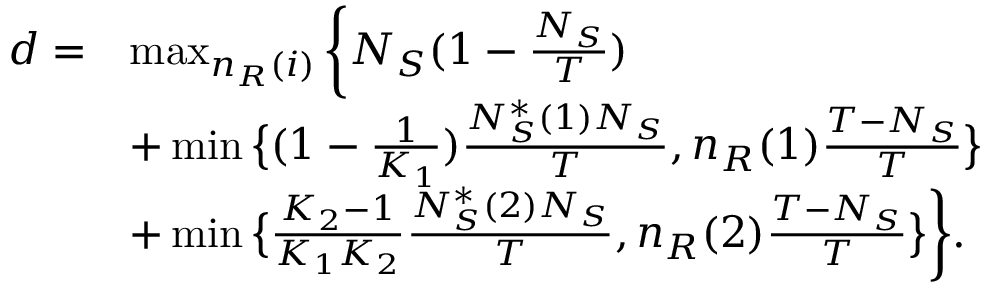
\begin{array} { r l } { d = } & { \operatorname* { m a x } _ { n _ { R } ( i ) } \bigg \{ N _ { S } ( 1 - \frac { N _ { S } } { T } ) } \\ & { + \operatorname* { m i n } \big \{ ( 1 - \frac { 1 } { K _ { 1 } } ) \frac { N _ { S } ^ { \ast } ( 1 ) N _ { S } } { T } , n _ { R } ( 1 ) \frac { T - N _ { S } } { T } \big \} } \\ & { + \operatorname* { m i n } \big \{ \frac { K _ { 2 } - 1 } { K _ { 1 } K _ { 2 } } \frac { N _ { S } ^ { \ast } ( 2 ) N _ { S } } { T } , n _ { R } ( 2 ) \frac { T - N _ { S } } { T } \big \} \bigg \} . } \end{array}